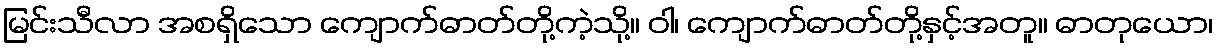
မြင်းသီလာ အစရှိသော ကျောက်ဓာတ်တို့ကဲ့သို့။ ဝါ၊ ကျောက်ဓာတ်တို့နှင့်အတူ။ ဓာတုယော၊